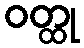
ဝတ္ထု